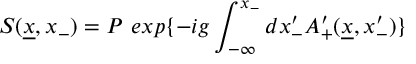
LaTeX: S ( \underline { { { x } } } , x _ { - } ) = P \ e x p \{ - i g \int _ { - \infty } ^ { x _ { - } } d x _ { - } ^ { \prime } A _ { + } ^ { \prime } ( \underline { { { x } } } , x _ { - } ^ { \prime } ) \}